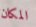
المكان